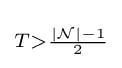
\scriptstyle T>{\frac {|{\mathcal {N}}|-1}{2}}